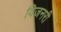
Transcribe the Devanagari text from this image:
विजनरी